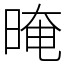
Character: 晻